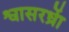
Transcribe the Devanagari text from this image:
श्वासरध्राें